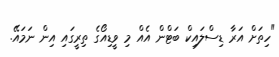
"ހިތަށް އަރާ ޑިސްލައިކް ބަޓްން އެއް މި ވީޑިއޯގެ ތިރީގައި އިން ނަމައޭ.